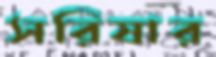
সরিষার